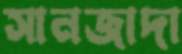
সানজাদা